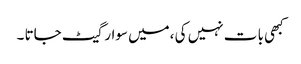
کبھی با ت نہیں کی ،میں سوار گیٹ جاتا ۔